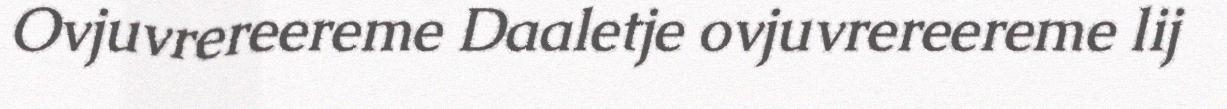
Ovjuvrereereme Daaletje ovjuvrereereme lij